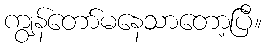
ကျွန်တော်မနေသာတော့ပြီ။